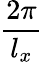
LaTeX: \frac{2\pi}{l_{x}}